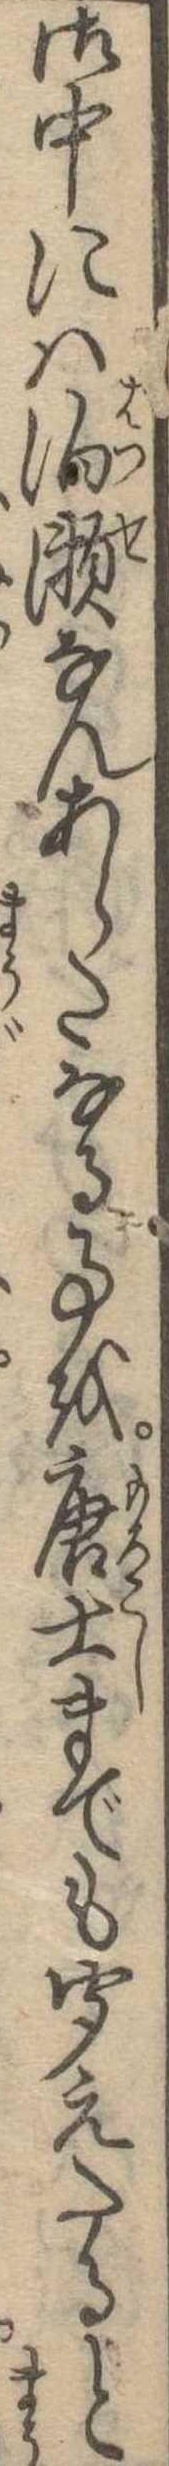
御中には泊瀬なんあらたなる事を唐土までも聞えたると